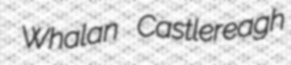
Whalan Castlereagh